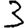
Digit: 3